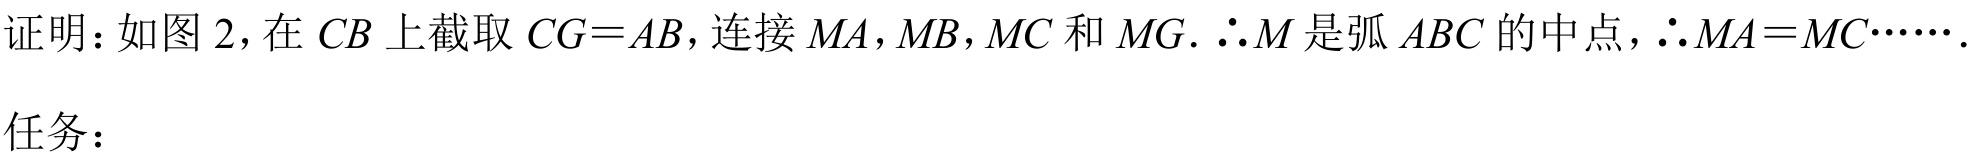
证明：如图 2，在 \(CB\) 上截取 \(CG = AB\)，连接 \(MA\)，\(MB\)，\(MC\) 和 \(MG\). \(\therefore M\) 是弧 \(ABC\) 的中点，\(\therefore MA = MC\cdots\cdots\).
任务：